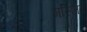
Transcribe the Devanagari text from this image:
मस्ज़िदें